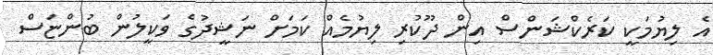
އެ ލިޔުމަކީ ކަރެކްޝަންސް އިން ދޫކުރި ލިޔުމެއް ކަމަށް ނަޝީދުގެ ވަކީލުން ބުންޏަސް